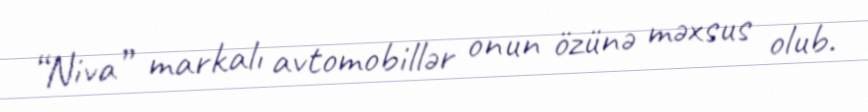
“Niva” markalı avtomobillər onun özünə məxsus olub.